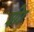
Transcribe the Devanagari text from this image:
शेा